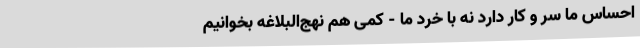
احساس ما سر و کار دارد نه با خِرَد ما - کمی هم نهج‌البلاغه بخوانیم